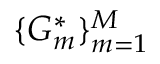
\{ G _ { m } ^ { * } \} _ { m = 1 } ^ { M }